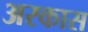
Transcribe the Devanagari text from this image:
अरकास